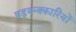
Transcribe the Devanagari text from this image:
षड्‍यन्त्रकारियों